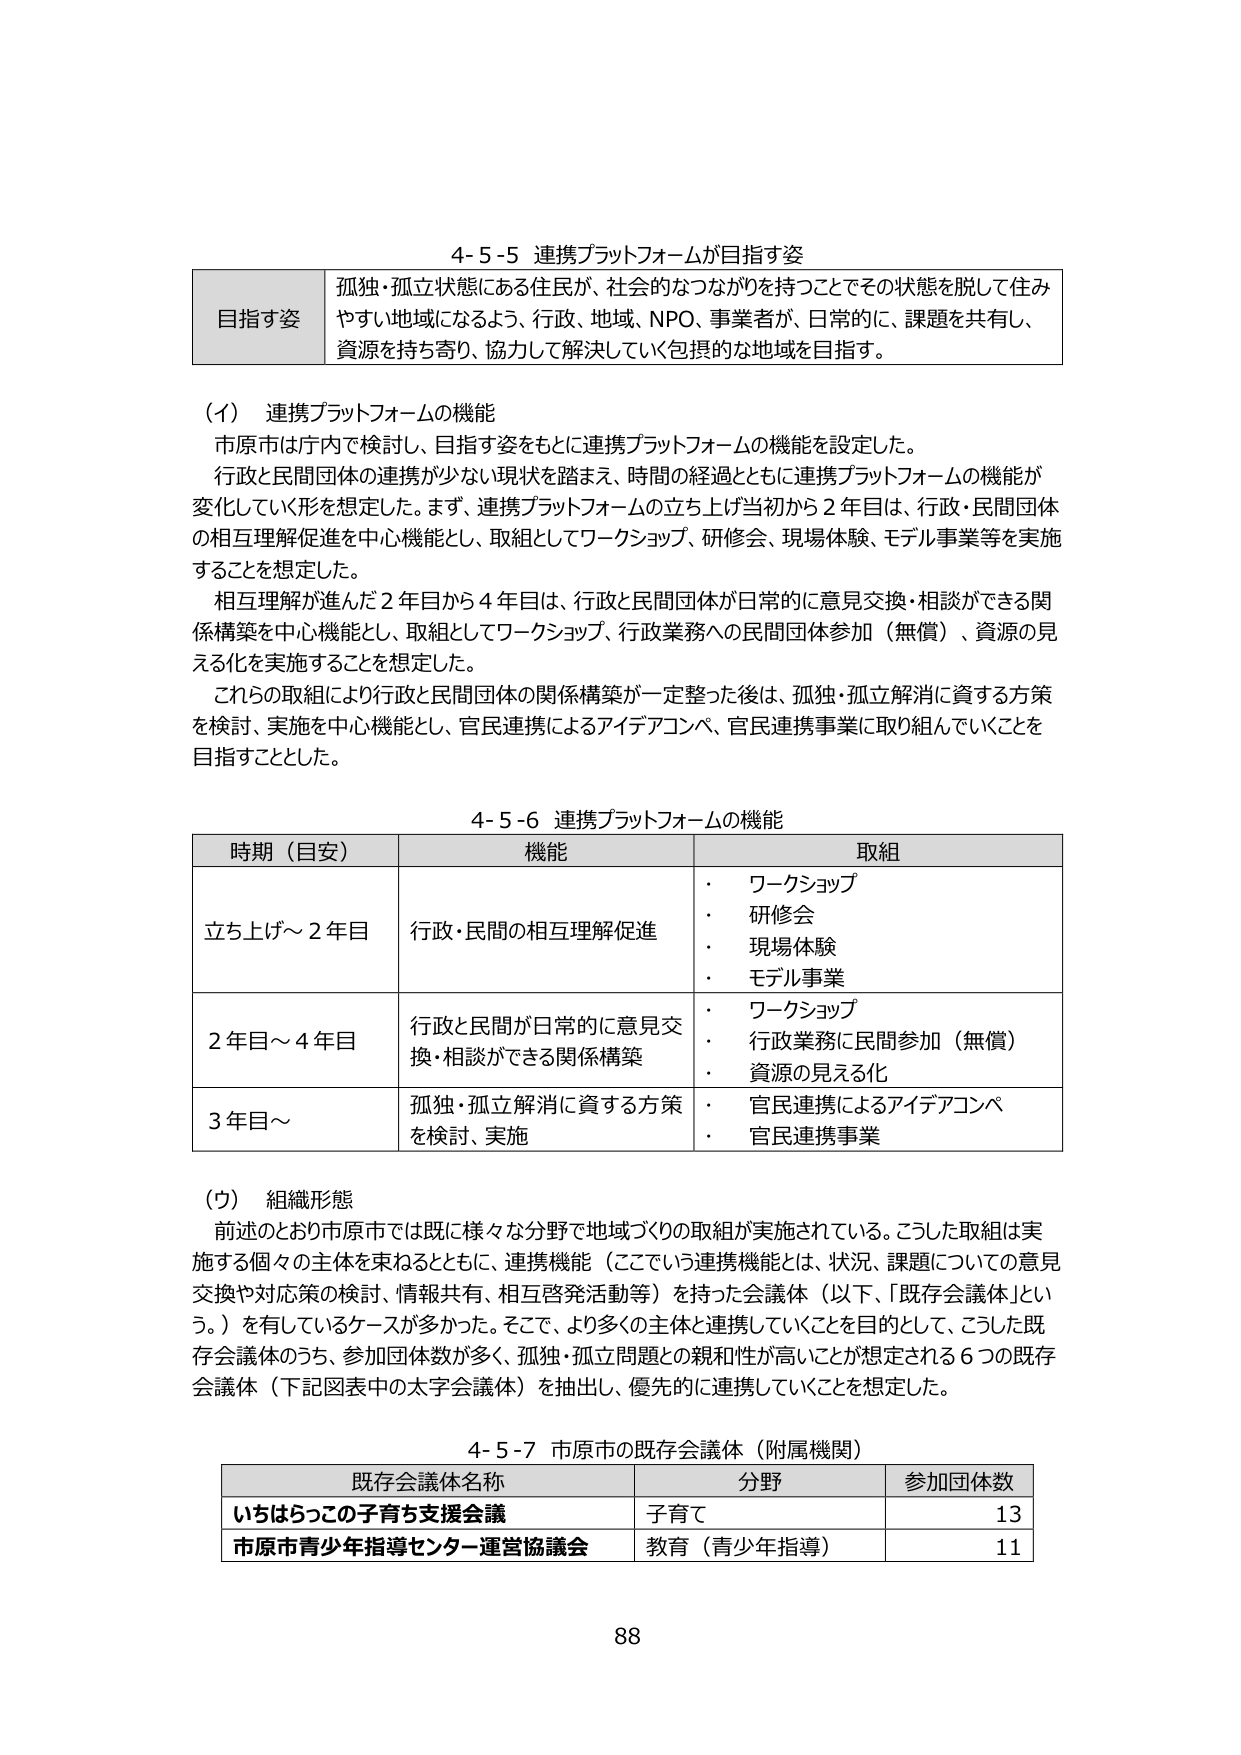
4-5-5 連携プラットフォームが目指す姿

目指す姿 孤独・孤立状態にある住民が、社会的なつながりを持つことでその状態を脱して住みやすい地域になるよう、行政、地域、NPO、事業者が、日常的に、課題を共有し、資源を持ち寄り、協力して解決していく包摂的な地域を目指す。

(イ) 連携プラットフォームの機能
市原市は庁内で検討し、目指す姿をもとに連携プラットフォームの機能を設定した。
行政と民間団体の連携が少ない現状を踏まえ、時間の経過とともに連携プラットフォームの機能が変化していく形を想定した。まず、連携プラットフォームの立ち上げ当初から2年目は、行政・民間団体の相互理解促進を中心機能とし、取組としてワークショップ、研修会、現場体験、モデル事業等を実施することを想定した。
相互理解が進んだ2年目から4年目は、行政と民間団体が日常的に意見交換・相談ができる関係構築を中心機能とし、取組としてワークショップ、行政業務への民間団体参加（無償）、資源の見える化を実施することを想定した。
これらの取組により行政と民間団体の関係構築が一定整った後は、孤独・孤立解消に資する方策を検討、実施を中心機能とし、官民連携によるアイデアコンペ、官民連携事業に取り組んでいくことを目指すこととした。

4-5-6 連携プラットフォームの機能

時期（目安） 機能 取組
立ち上げ～2年目 行政・民間の相互理解促進 ・ ワークショップ
・ 研修会
・ 現場体験
・ モデル事業
2年目～4年目 行政と民間が日常的に意見交換・相談ができる関係構築 ・ ワークショップ
・ 行政業務に民間参加（無償）
・ 資源の見える化
3年目～ 孤独・孤立解消に資する方策を検討、実施 ・ 官民連携によるアイデアコンペ
・ 官民連携事業

(ウ) 組織形態
前述のとおり市原市では既に様々な分野で地域づくりの取組が実施されている。こうした取組は実施する個々の主体を束ねるとともに、連携機能（ここでいう連携機能とは、状況、課題についての意見交換や対応策の検討、情報共有、相互啓発活動等）を持った会議体（以下、「既存会議体」という。）を有しているケースが多かった。そこで、より多くの主体と連携していくことを目的として、こうした既存会議体のうち、参加団体数が多く、孤独・孤立問題との親和性が高いことが想定される6つの既存会議体（下記図表中の太字会議体）を抽出し、優先的に連携していくことを想定した。

4-5-7 市原市の既存会議体（附属機関）

既存会議体名称 分野 参加団体数
いちはらっこの子育ち支援会議 子育て 13
市原市青少年指導センター運営協議会 教育（青少年指導） 11

88